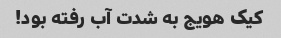
کیک هویج به شدت آب رفته بود!